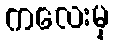
ကလေးမှ